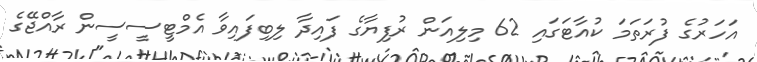
އަހަރުގެ ފުރަތަމަ ކުއާޓަގައި 62 މިލިއަން ރުފިޔާގެ ފައިދާ ލިބިފައިވާ އެމްޓީސީސީން ރާއްޖޭގެ